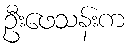
ဦးဖေသန်းက